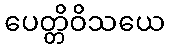
ပေတ္တိဝိသယေ